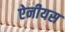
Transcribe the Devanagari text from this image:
ऐनीयस